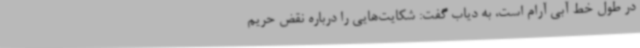
در طول خط آبی آرام است، به دیاب گفت: شکایت‌هایی را درباره نقض حریم